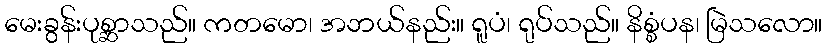
မေးခွန်းပုစ္ဆာသည်။ ကတမော၊ အဘယ်နည်း။ ရူပံ၊ ရုပ်သည်။ နိစ္စံပန၊ မြဲသလော။